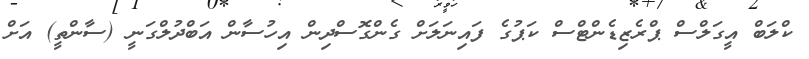
ކްލަބް އީގަލްސް ޕްރެޒިޑެންޓްސް ކަޕުގެ ފައިނަލަށް ގެންގޮސްދިން އިހުސާން އަބްދުލްގަނީ (ސާންތީ) އަށް